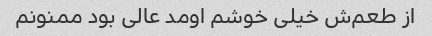
از طعم‌ش خیلی خوشم اومد عالی بود ممنونم